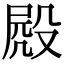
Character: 𣪍